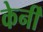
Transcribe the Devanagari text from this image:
केर्नी